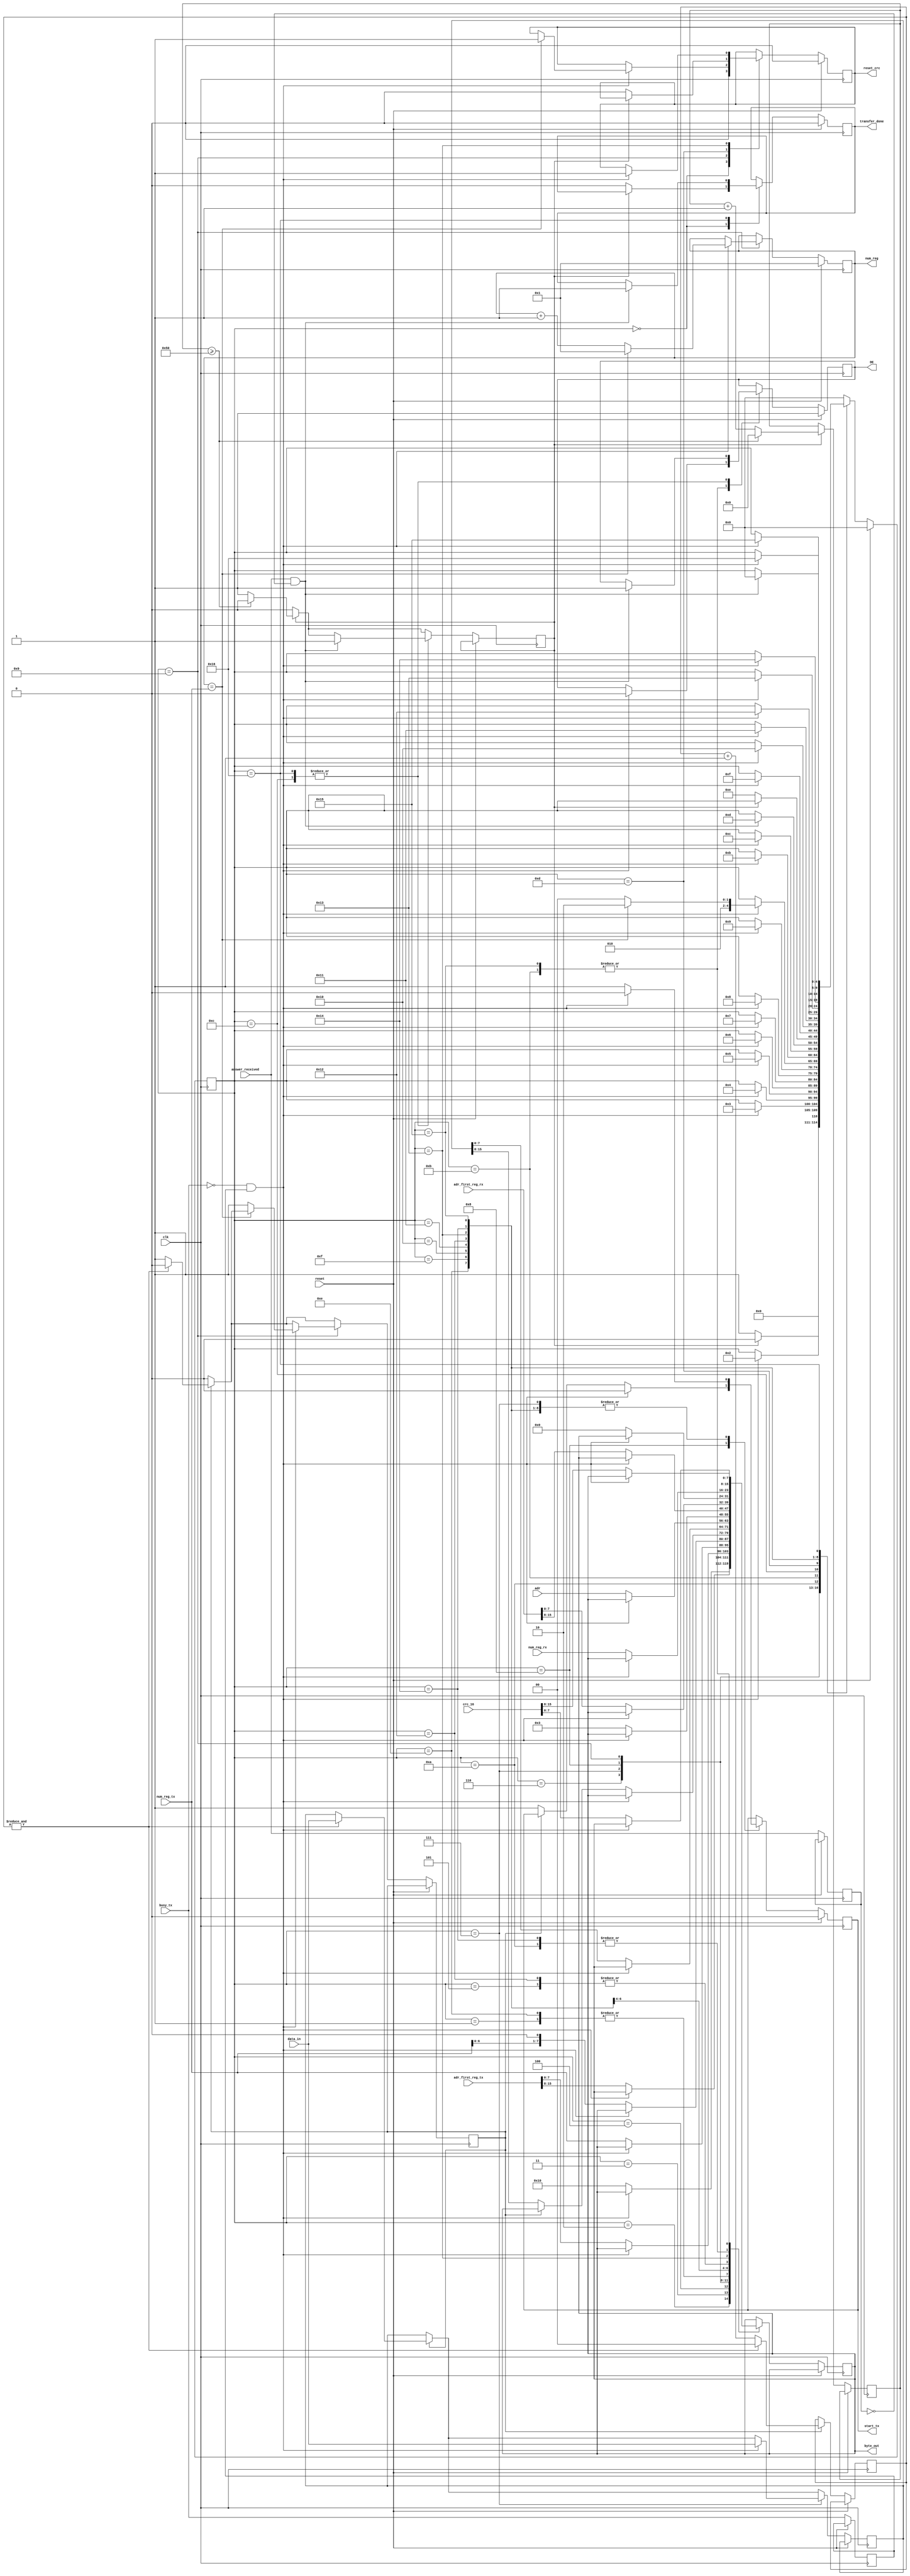
module modbus_rtu_tx_control	(
											input        clk,
											input [7:0]  adr,
											input [15:0] adr_first_reg_tx,
											input [7:0]  num_reg_tx,
											input [15:0] adr_first_reg_rx,
											input [7:0]  num_reg_rx,
											input [15:0] data_in,
											input [15:0] crc_16,
											input        answer_received,
											input		 	 busy_tx,
											input        reset, 
																					output reg [7:0] byte_out,
																					output reg [7:0] num_reg,
																					output reg       start_tx,
																					output reg       DE,
																					output reg       reset_crc,
																					output reg       transfer_done
																																);

parameter  [17:0] delay_us 	     =  1;
parameter  [6:0]  clk_freq_MHz     =  80;

localparam [23:0] delay_period     =  delay_us * clk_freq_MHz;
localparam [7:0]  func_code_write  =  8'h10;
localparam [7:0]  func_code_read   =  8'h03;

localparam [4:0]  IDLE           =  5'b00000;
localparam [4:0]  STAGE_0   	   =  5'b00001;
localparam [4:0]  STAGE_1   	   =  5'b00010;
localparam [4:0]  STAGE_2   	   =  5'b00011;
localparam [4:0]  STAGE_3   	   =  5'b00100;
localparam [4:0]  STAGE_4   	   =  5'b00101;
localparam [4:0]  STAGE_5   	   =  5'b00110;
localparam [4:0]  STAGE_6   	   =  5'b00111;
localparam [4:0]  STAGE_7   	   =  5'b01000;
localparam [4:0]  STAGE_8   	   =  5'b01001;
localparam [4:0]  STAGE_9   	   =  5'b01010;
localparam [4:0]  STAGE_10   	   =  5'b01011;
localparam [4:0]  STAGE_11   	   =  5'b01100;
localparam [4:0]  STAGE_12   	   =  5'b01101;
localparam [4:0]  STAGE_13   	   =  5'b01110;
localparam [4:0]  STAGE_14   	   =  5'b01111;
localparam [4:0]  STAGE_15   	   =  5'b10000;
localparam [4:0]  STAGE_16  	   =  5'b10001;
localparam [4:0]  STAGE_17   	   =  5'b10010;
localparam [4:0]  STAGE_18   	   =  5'b10011;
localparam [4:0]  STAGE_19   	   =  5'b10100;
localparam [4:0]  STAGE_20   	   =  5'b10101;
localparam [4:0]  STAGE_21   	   =  5'b10110;

		reg [4:0]  state              =  5'b00000;
	   
	   reg [1:0]  data_delay_cnt     =  2'b00;
	   reg [15:0] data_buff          = 16'h0000;
	   reg [23:0] transfer_delay_cnt = 24'h000000;

	   reg        start_delay        =  1'b0;
	   reg        start_data_delay   =  1'b0;
	   reg        previous_strb_0    =  1'b0;
	   reg        previous_strb_1    =  1'b0;

initial begin
	byte_out      = 8'h00;
	num_reg  	  = 8'h01;
	start_tx 	  = 1'b0;
	DE       	  = 1'b1;
	transfer_done = 1'b0;
	reset_crc     = 1'b0;
end

always @(posedge clk) begin
	
	if(reset) begin
		start_tx <= 1'b0;
		state <= IDLE;
		DE <= 1'b1;
		transfer_done <= 1'b0;
		num_reg <= 8'h01;
		reset_crc <= 1'b0;
	end
	else begin

	if(start_delay) begin
		if(transfer_delay_cnt >= delay_period) begin
			transfer_delay_cnt <= 24'h000000;
			start_delay <= 1'b0;
		end
		else begin
			transfer_delay_cnt <= transfer_delay_cnt + 24'h000001;
		end
	end
	else begin end

	if(start_data_delay) begin
		if(&data_delay_cnt) begin
			data_delay_cnt <= 2'b00;
			start_data_delay <= 1'b0;
			data_buff <= data_in;
		end
		else begin
			data_delay_cnt <= data_delay_cnt + 2'b01;
		end
	end
	else begin end
	
	previous_strb_0 <= busy_tx;
	previous_strb_1 <= answer_received;

		case(state)

			IDLE: begin
				if(!start_delay) begin
					state <= STAGE_0;
					transfer_done <= 1'b0;
				end
				else begin
					state <= IDLE;
				end

				reset_crc <= 1'b0;

			end

			STAGE_0: begin
				if(!busy_tx && previous_strb_0) begin
					state <= STAGE_1;
					start_tx <= 1'b0;
				end
				else begin
					byte_out <= adr;
					start_tx <= 1'b1;
				end
			end

			STAGE_1: begin
				if(!busy_tx && previous_strb_0) begin
					state <= STAGE_2;
					start_tx <= 1'b0;
				end
				else begin
					byte_out <= func_code_write;
					start_tx <= 1'b1;
				end
			end

			STAGE_2: begin
				if(!busy_tx && previous_strb_0) begin
					state <= STAGE_3;
					start_tx <= 1'b0;
				end
				else begin
					byte_out <= adr_first_reg_tx[15:8];
					start_tx <= 1'b1;
				end
			end

			STAGE_3: begin
				if(!busy_tx && previous_strb_0) begin
					state <= STAGE_4;
					start_tx <= 1'b0;
				end
				else begin 
					byte_out <= adr_first_reg_tx[7:0];
					start_tx <= 1'b1;
				end
			end

			STAGE_4: begin
				if(!busy_tx && previous_strb_0) begin
					state <= STAGE_5;
					start_tx <= 1'b0;
				end
				else begin 
					byte_out <= 8'h00;
					start_tx <= 1'b1;
				end
			end

			STAGE_5: begin
				if(!busy_tx && previous_strb_0) begin
					state <= STAGE_6;
					start_tx <= 1'b0;
				end
				else begin 
					byte_out <= num_reg_tx;
					start_tx <= 1'b1;
				end
			end

			STAGE_6: begin
				if(!busy_tx && previous_strb_0) begin
					state <= STAGE_7;
					start_tx <= 1'b0;
					data_buff <= data_in;
				end
				else begin 
					byte_out <= num_reg_tx << 8'h01;
					start_tx <= 1'b1;
				end
			end

			STAGE_7: begin

				if(!busy_tx && previous_strb_0) begin
					state <= STAGE_8;
					start_tx <= 1'b0;
				end
				else begin 
					if(!start_data_delay) begin
						byte_out <= data_buff[15:8];
						start_tx <= 1'b1;
					end
				end

			end

			STAGE_8: begin

				if(!busy_tx && previous_strb_0) begin

					if(num_reg == num_reg_tx)begin
						state <= STAGE_9;
						num_reg <= 8'h01;
						reset_crc <= 1'b1;
					end
					else begin
						num_reg <= num_reg + 8'h01;
						start_data_delay <= 1'b1;
						state <= STAGE_7;
					end

					start_tx <= 1'b0;
				end
				else begin
					byte_out <= data_buff[7:0];
					start_tx <= 1'b1;
				end

			end

			STAGE_9: begin
				if(!busy_tx && previous_strb_0) begin
					state <= STAGE_10;
					start_tx <= 1'b0;
				end
				else begin 
					byte_out <= crc_16[7:0];
					start_tx <= 1'b1;
				end
			end

			STAGE_10: begin
				if(!busy_tx && previous_strb_0) begin
					state <= STAGE_11;
					start_tx <= 1'b0;
					DE <= 1'b0;
				end
				else begin 
					byte_out <= crc_16[15:8];
					start_tx <= 1'b1;
				end
			end

			STAGE_11: begin
				if(answer_received && !previous_strb_1) begin
					DE <= 1'b1;
					start_delay <= 1'b1;
					state <= STAGE_12;
				end
				else begin end
			end

			STAGE_12: begin
				if(!start_delay) begin
					state <= STAGE_13;
					reset_crc <= 1'b0;
				end
				else begin end
			end

			STAGE_13: begin
				if(!busy_tx && previous_strb_0) begin
					state <= STAGE_14;
					start_tx <= 1'b0;
				end
				else begin
					byte_out <= adr;
					start_tx <= 1'b1;
				end
			end

			STAGE_14: begin
				if(!busy_tx && previous_strb_0) begin
					state <= STAGE_15;
					start_tx <= 1'b0;
				end
				else begin
					byte_out <= func_code_read;
					start_tx <= 1'b1;
				end
			end

			STAGE_15: begin
				if(!busy_tx && previous_strb_0) begin
					state <= STAGE_16;
					start_tx <= 1'b0;
				end
				else begin
					byte_out <= adr_first_reg_rx[15:8];
					start_tx <= 1'b1;
				end
			end

			STAGE_16: begin
				if(!busy_tx && previous_strb_0) begin
					state <= STAGE_17;
					start_tx <= 1'b0;
				end
				else begin
					byte_out <= adr_first_reg_rx[7:0];
					start_tx <= 1'b1;
				end
			end

			STAGE_17: begin
				if(!busy_tx && previous_strb_0) begin
					state <= STAGE_18;
					start_tx <= 1'b0;
				end
				else begin
					byte_out <= 8'h00;
					start_tx <= 1'b1;
				end
			end

			STAGE_18: begin
				if(!busy_tx && previous_strb_0) begin
					state <= STAGE_19;
					start_tx <= 1'b0;
					reset_crc <= 1'b1;
				end
				else begin
					byte_out <= num_reg_rx;
					start_tx <= 1'b1;
				end
			end

			STAGE_19: begin
				if(!busy_tx && previous_strb_0) begin
					state <= STAGE_20;
					start_tx <= 1'b0;
				end
				else begin 
					byte_out <= crc_16[7:0];
					start_tx <= 1'b1;
				end
			end

			STAGE_20: begin
				if(!busy_tx && previous_strb_0) begin
					state <= STAGE_21;
					start_tx <= 1'b0;
					DE <= 1'b0;
				end
				else begin 
					byte_out <= crc_16[15:8];
					start_tx <= 1'b1;
				end
			end

			STAGE_21: begin
				if(answer_received && !previous_strb_1) begin
					DE <= 1'b1;
					transfer_done <= 1'b1;
					start_delay <= 1'b1;
					state <= IDLE;
				end
				else begin end
			end

			default: state <= IDLE;

		endcase

	end

end
endmodule